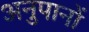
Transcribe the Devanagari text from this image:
अनुपानों